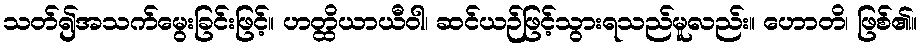
သတ်၍အသက်မွေးခြင်းဖြင့်။ ဟတ္ထိယာယီဝါ၊ ဆင်ယဉ်ဖြင့်သွားရသည်မူလည်း။ ဟောတိ၊ ဖြစ်၏။